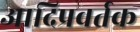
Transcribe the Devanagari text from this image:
आदिप्रवर्तक